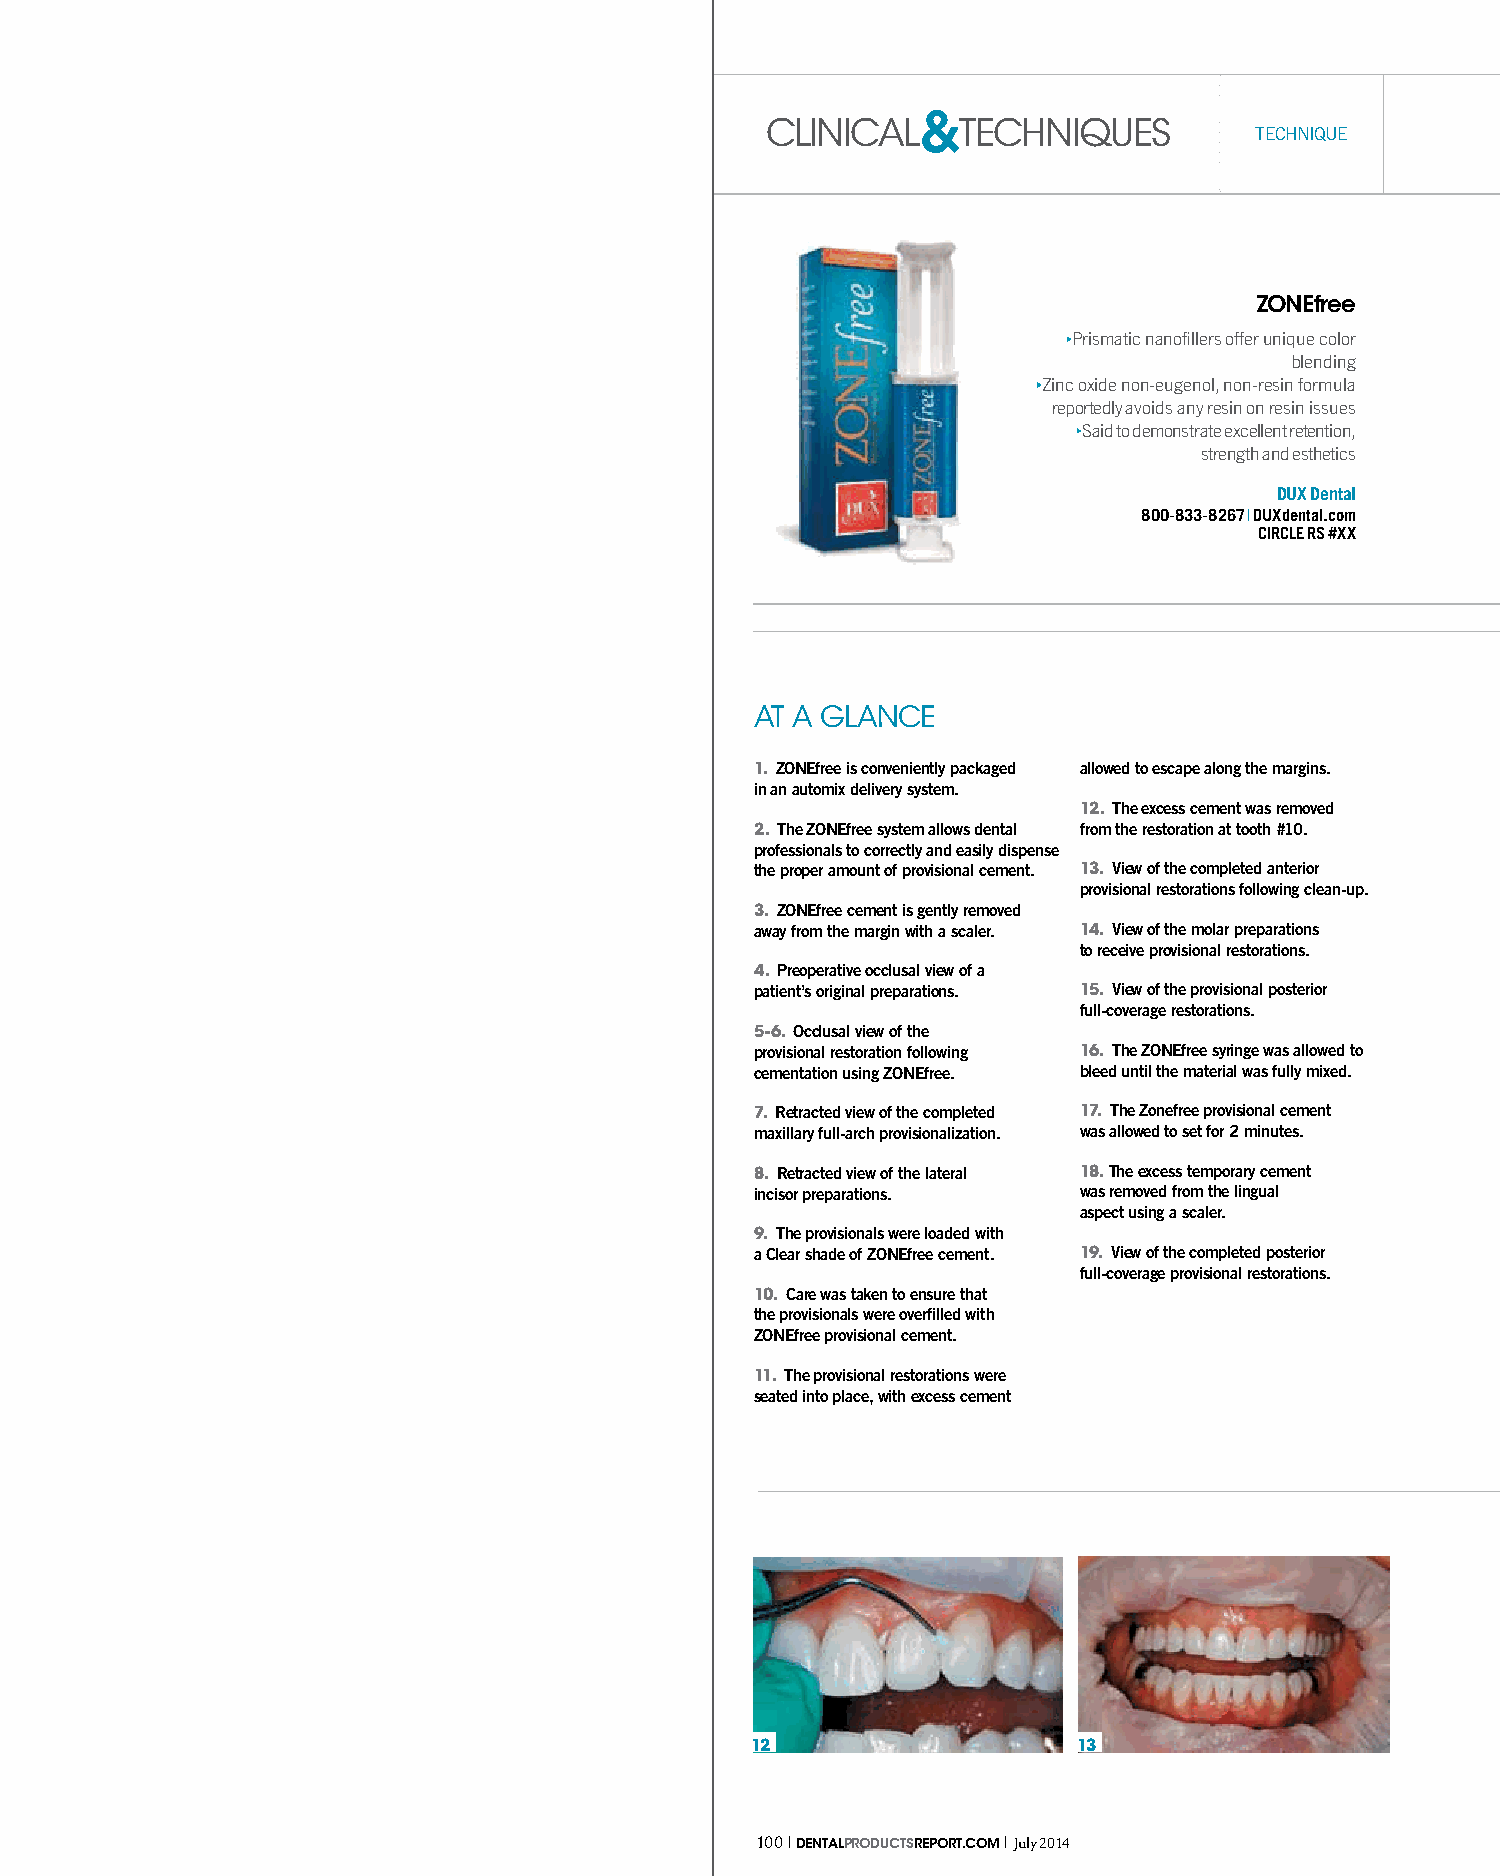
&
 clinical     techniques
 TEchniquE
 ZONEfree
 Prismatic nanofillers offer unique color
 blending
 Zinc oxide non-eugenol, non-resin formula
 reportedly avoids any resin on resin issues
 Said to demonstrate excellent retention,
 strength and esthetics
 DUX Dental
 800-833-8267 | DUXdental.com
 CIRCLE RS #XX
 at a glance
 1. ZONEfree is conveniently packaged allowed to escape along the margins.
 in an automix delivery system.
 12. The excess cement was removed
 2. The ZONEfree system allows dental from the restoration at tooth #10.
 professionals to correctly and easily dispense
 the proper amount of provisional cement. 13. View of the completed anterior
 provisional restorations following clean-up.
 3. ZONEfree cement is gently removed
 away from the margin with a scaler. 14. View of the molar preparations
 to receive provisional restorations.
 4. Preoperative occlusal view of a
 patient’s original preparations. 15. View of the provisional posterior
 full-coverage restorations.
 5-6. Occlusal view of the
 provisional restoration following 16. The ZONEfree syringe was allowed to
 cementation using ZONEfree. bleed until the material was fully mixed.
 7. Retracted view of the completed 17. The Zonefree provisional cement
 maxillary full-arch provisionalization. was allowed to set for 2 minutes.
 8. Retracted view of the lateral 18. The excess temporary cement
 incisor preparations. was removed from the lingual
 aspect using a scaler.
 9. The provisionals were loaded with
 a Clear shade of ZONEfree cement. 19. View of the completed posterior
 full-coverage provisional restorations.
 10. Care was taken to ensure that
 the provisionals were overfilled with
 ZONEfree provisional cement.
 11. The provisional restorations were
 seated into place, with excess cement
 12                   13
 100 | DENTALPRODUCTSREPORT.COM | July 2014